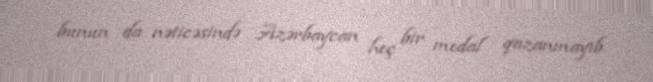
bunun da nəticəsində Azərbaycan heç bir medal qazanmayıb.